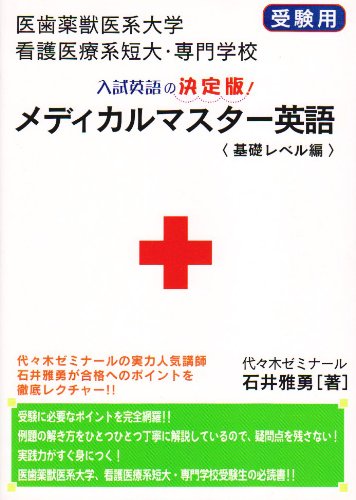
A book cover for Medical master English basal level Hen - Biomedical veterinary medicine colleges, nursing medical system & Technical College entrance exam for (2003) ISBN: 4884693450 [Japanese Import]; Medical Books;